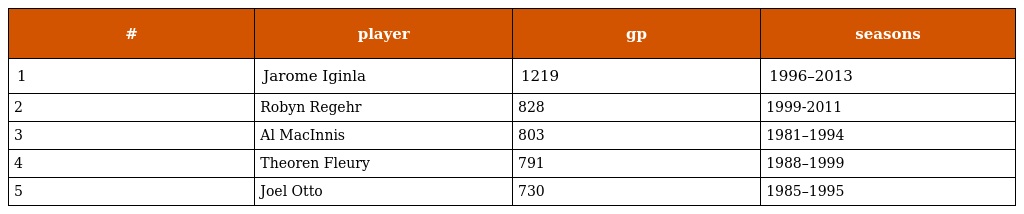
| # | player | gp | seasons |
 | --- | --- | --- | --- |
 | 1 | Jarome Iginla | 1219 | 1996–2013 |
 | 2 | Robyn Regehr | 828 | 1999-2011 |
 | 3 | Al MacInnis | 803 | 1981–1994 |
 | 4 | Theoren Fleury | 791 | 1988–1999 |
 | 5 | Joel Otto | 730 | 1985–1995 |